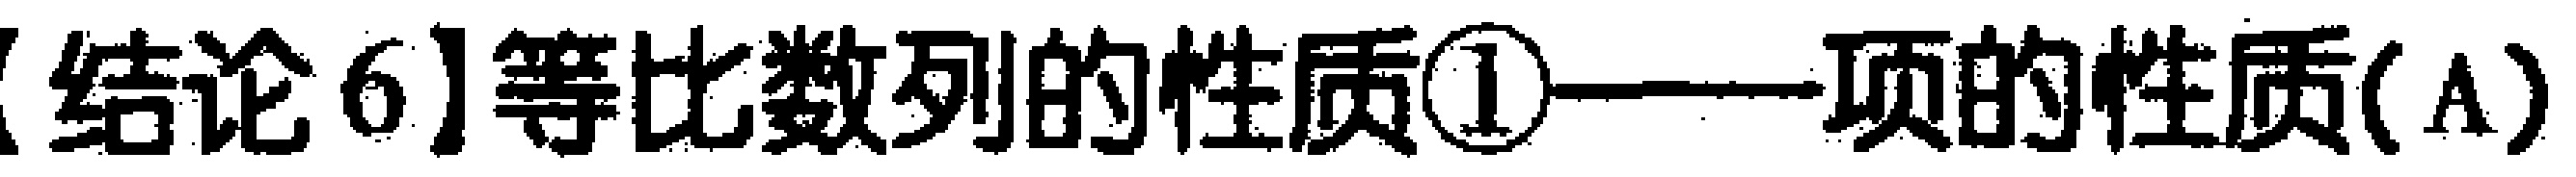
【结论6】等比数列的性质\textcircled{1}——项的性质(A)